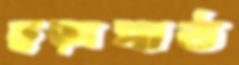
ছড়াপাঠ